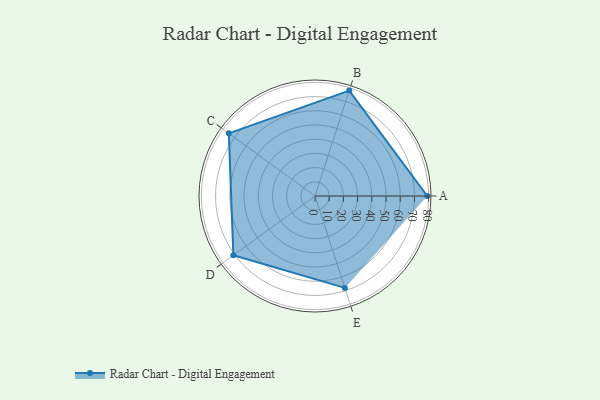
{"axis": {"x": "Skill", "y": "Score"}, "legend": ["Profile"], "data": [{"x": "A", "y": 79.0, "type": "Profile"}, {"x": "B", "y": 78.0, "type": "Profile"}, {"x": "C", "y": 75.0, "type": "Profile"}, {"x": "D", "y": 71.0, "type": "Profile"}, {"x": "E", "y": 68.0, "type": "Profile"}]}